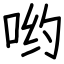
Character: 哟